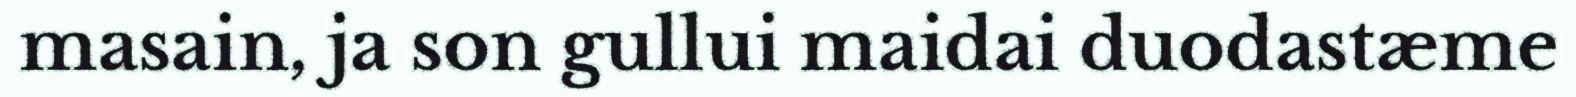
masain, ja son gullui maidai duodastæme